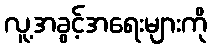
လူ့အခွင့်အရေးများကို